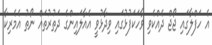
އެ ހަފްލާގައި ޖޯޖް ދެއްކެވި ވާހަކަފުޅުގައި ވިދާޅުވީ އެއާލައިންގެ ދަތުރުތައް ނޯތު އެމެރިކާ